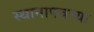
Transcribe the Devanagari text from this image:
स्थानापन्नच्या